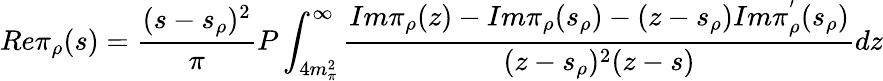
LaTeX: Re\pi_{\rho}(s)=\frac{(s-s_{\rho})^{2}}{\pi}P\int_{4m_{\pi}^{2}}^{\infty}\frac{Im\pi_{\rho}(z)-Im\pi_{\rho}(s_{\rho})-(z-s_{\rho})Im\pi_{\rho}^{'}(s_{\rho})}{(z-s_{\rho})^{2}(z-s)}dz